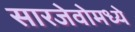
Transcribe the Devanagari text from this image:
सारजेवोमध्ये